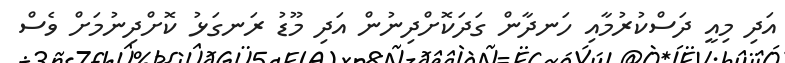
އަދި މިއީ ދަސްކުރުމާއި ހަނދާން ގަދަކޮށްދިނުން އަދި މޫޑު ރަނގަޅު ކޮށްދިނުމަށް ވެސް